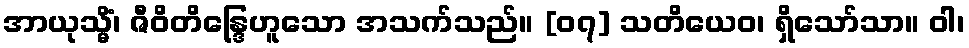
အာယုသ္မိံ၊ ဇီဝိတိန္ဒြေဟူသော အသက်သည်။ [၀၇] သတိယေဝ၊ ရှိသော်သာ။ ဝါ၊